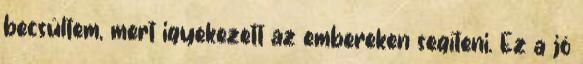
becsültem, mert igyekezett az embereken segíteni. Ez a jó